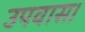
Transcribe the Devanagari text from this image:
उपवास।